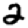
Digit: 2